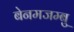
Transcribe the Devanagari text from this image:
बेनमजम्बु